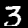
Digit: 3